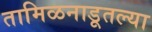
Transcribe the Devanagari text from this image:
तामिळनाडूतल्या